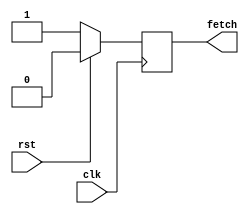
`timescale 1ns/1ns
module clk_gen(
                input clk,
                input rst,
                output reg fetch);
  
  always@ (posedge clk)
  begin
    if(rst)
      fetch <= 0;
  else
      fetch <= 1;
  end
endmodule